King Institute of Preventive Medicine Bacteriolog. Section reports 1907-08
Year: 1907
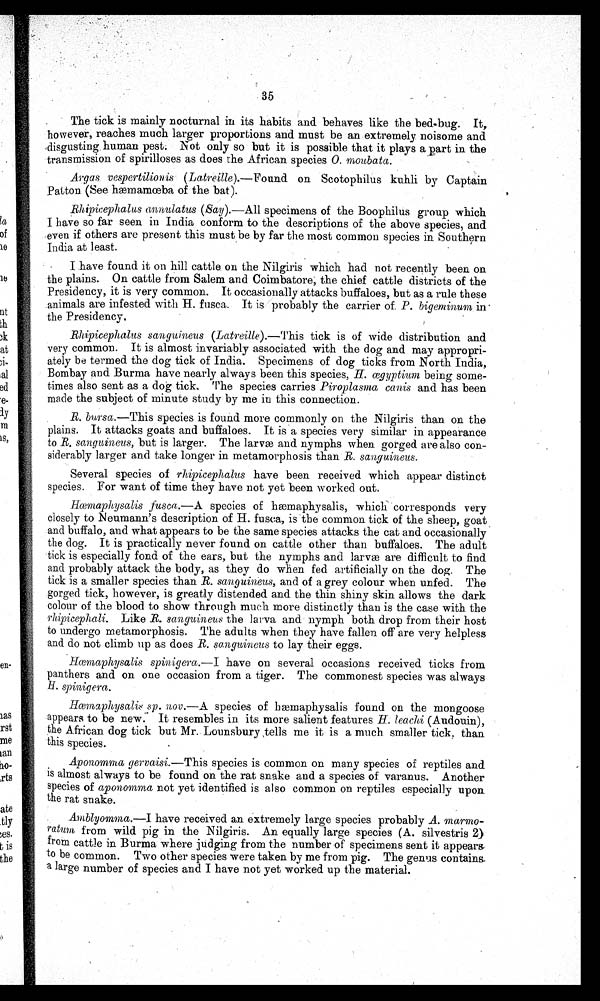
35
The tick is mainly nocturnal in its habits and behaves like the bed-bug. It,
however, reaches much larger proportions and must be an extremely noisome and
disgusting human pest. Not only so but it is possible that it plays a part in the
transmission of spirilloses as does the African species 0. moubata.
Argas vespertilionis (Latreille).— Found on Scotophilus kuhli by Captain
Patton (See hæmamœba of the bat).
Rhipicephalus annulatus (Say) .—All specimens of the Boophilus group which
I have so far seen in India conform to the descriptions of the above species, and
even if others are present this must be by far the most common species in Southern
India at least.
I have found it on hill cattle on the Nilgiris which had not recently been on
the plains. On cattle from Salem and Coimbatore, the chief cattle districts of the
Presidency, it is very common. It occasionally attacks buffaloes, but as a rule these
.animals are infested with H. fusca. It is probably the carrier of. P. bigeminum i n
the Presidency.
Rhipicephalus sanguineus (Latreille).—This tick is of wide distribution and
very common. It is almost invariably associated with the dog and may appropri-
ately be termed the dog tick of India. Specimens of dog ticks from North India,
Bombay and Burma have nearly always been this species, H. ægyptium being some-
times also sent as a dog tick. The species carries Piroplasma cants and has been
made the subject of minute study by me in this connection.
R. bursa.—This species is found more commonly on the Nilgiris than on the
plains. It attacks goats and buffaloes. It is a species very similar in appearance
to B. sanguineus, but is larger. The larva and nymphs when gorged are also con-
siderably larger and take longer in metamorphosis than R . s a n g u i n e u s .
Several species of rhipicephalus have been received which appear distinct
species. For want of time they have not yet been worked out.
Hæmaphysalis fusca.—A species of hæmaphysalis, which correspondsvery
closely to Neumann's description of H. fusca, is 'the common tick of the sheep, goat
and buffalo, and what appears to be the same species attacks the cat and occasionally
the dog. It is practically never found on cattle other than buffaloes. The adult
tick is especially fond of the ears, but the nymphs and larvæ are difficult to find
and probably attack the body,as they do when fed artificially on the dog. The
tick is a smaller species than R. sanguineus, and of a grey colour when unfed. The
gorged tick, however, is greatly distended and the thin shiny skin allows the dark
colour of the blood to show through much more distinctly than is the case with the
rhipicephali. Like R. sanguineus the larva and nymph both drop from their host
to undergo metamorphosis. The adults when they have fallen off are very helpless
and do not climb up as does R. sanguineus to lay their eggs.
Hæmaphysalis spinigera.— I have on several occasions received ticks from
panthers and on one occasion from a tiger. The commonest species was always
H. spinigera.
Hæmaphysalis sp. nov .—A species of hæmaphysalis found on the mongoose
appears to be new. It resembles in its more salient features H. leachi (Audouin),
the African dog tick but Mr. Lounsbury, tells me it is a much smaller tick, than
this species.
Aponomma gervaisi.—This species is common on many species of reptiles and
is almost always to be found on the rat snake and a species of varanus. Another
species of aponomma not yet identified is also common on reptiles especially upon
the rat snake.
Amblyomma.—I
have received an extremely large species probably A.
m a r m o - r a t u m
f r o m w i l d p i g i n t h e N i l g i r i s . A n e q u a l l y l a r g e s p e c i e s ( A . s i l v e s t r i s 2 )
from cattle in Burma where judging from the number of specimens sent it appears
to be common. Two other species were taken by me from pig. The genus contains,
a large number of species and I have not yet worked up the material.